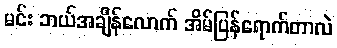
မင်း ဘယ်အချိန်လောက် အိမ်ပြန်ရောက်တာလဲ